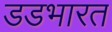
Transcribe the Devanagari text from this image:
डडभारत